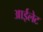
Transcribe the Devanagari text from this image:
आईलेट